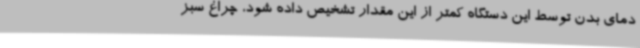
دمای بدن توسط این دستگاه کمتر از این مقدار تشخیص داده شود، چراغ سبز